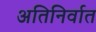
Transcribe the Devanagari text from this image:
अतिनिर्वात